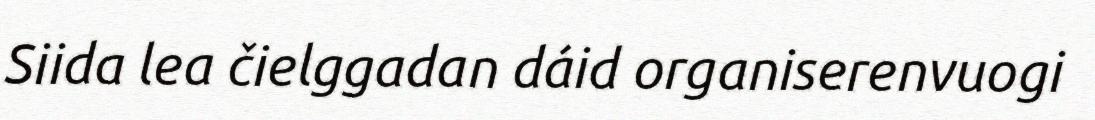
Siida lea čielggadan dáid organiserenvuogi